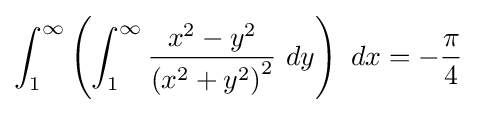
\int _{1}^{\infty }\left(\int _{1}^{\infty }{\frac {x^{2}-y^{2}}{\left(x^{2}+y^{2}\right)^{2}}}\ dy\right)\ dx=-{\frac {\pi }{4}}\